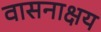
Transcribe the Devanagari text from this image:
वासनाक्षय